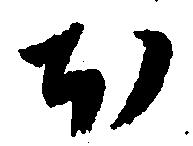
ほ